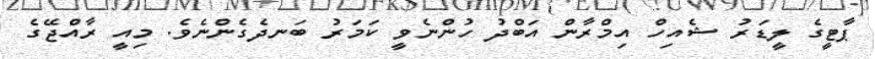
ޕާޓީގެ ލީޑަރު ޝެއިހް އިމްރާން އަބްދު ހުންނެވީ ކަމަރު ބަނދެގެންނެވެ. މިއީ ރާއްޖޭގެ